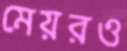
মেয়রও